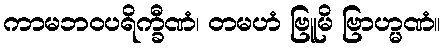
ကာမဘဝပရိက္ခီဏံ၊ တမဟံ ဗြူမိ ဗြာဟ္မဏံ။